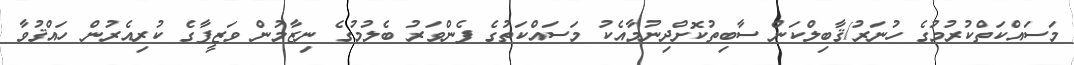
މަސައްކަތްކުރުމުގެ ހުނަރު/ޤާބިލްކަން ސާބިތުކޮށްދިނުމާއެކު މަސައްކަތުގެ ފެންވަރު ބެލުމުގެ ނިޒާމުން ވަޒީފާގެ ކުރިއެރުން ހައްޤުވާ